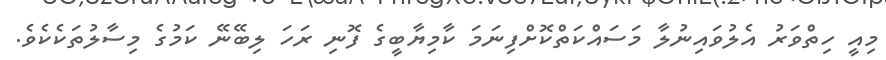
މިއީ ހިތްވަރު އެލުވައިނުލާ މަސައްކަތްކޮށްފިނަމަ ކާމިޔާބީގެ ފޮނި ރަހަ ލިބޭނޭ ކަމުގެ މިސާލުތަކެކެވެ.